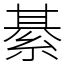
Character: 綦